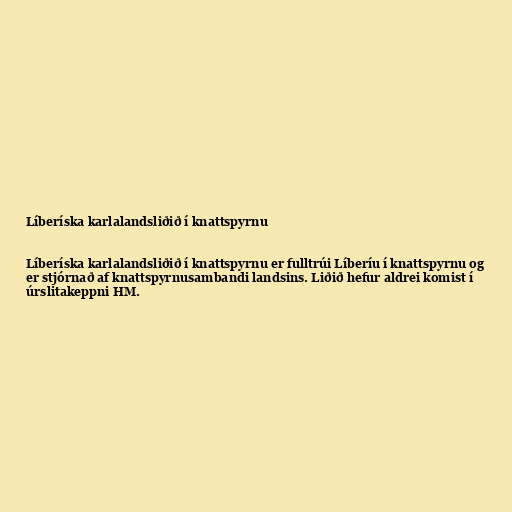
Líberíska karlalandsliðið í knattspyrnu

Líberíska karlalandsliðið í knattspyrnu er fulltrúi Líberíu í knattspyrnu og
er stjórnað af knattspyrnusambandi landsins. Liðið hefur aldrei komist í
úrslitakeppni HM.